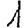
Digit: 1